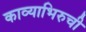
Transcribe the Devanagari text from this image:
काव्याभिरुची